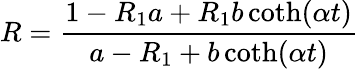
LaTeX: R=\frac{1-R_{1}a+R_{1}b\coth(\alpha t)}{a-R_{1}+b\coth(\alpha t)}